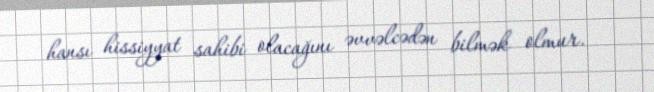
hansı hissiyyat sahibi olacağını əvvəlcədən bilmək olmur.